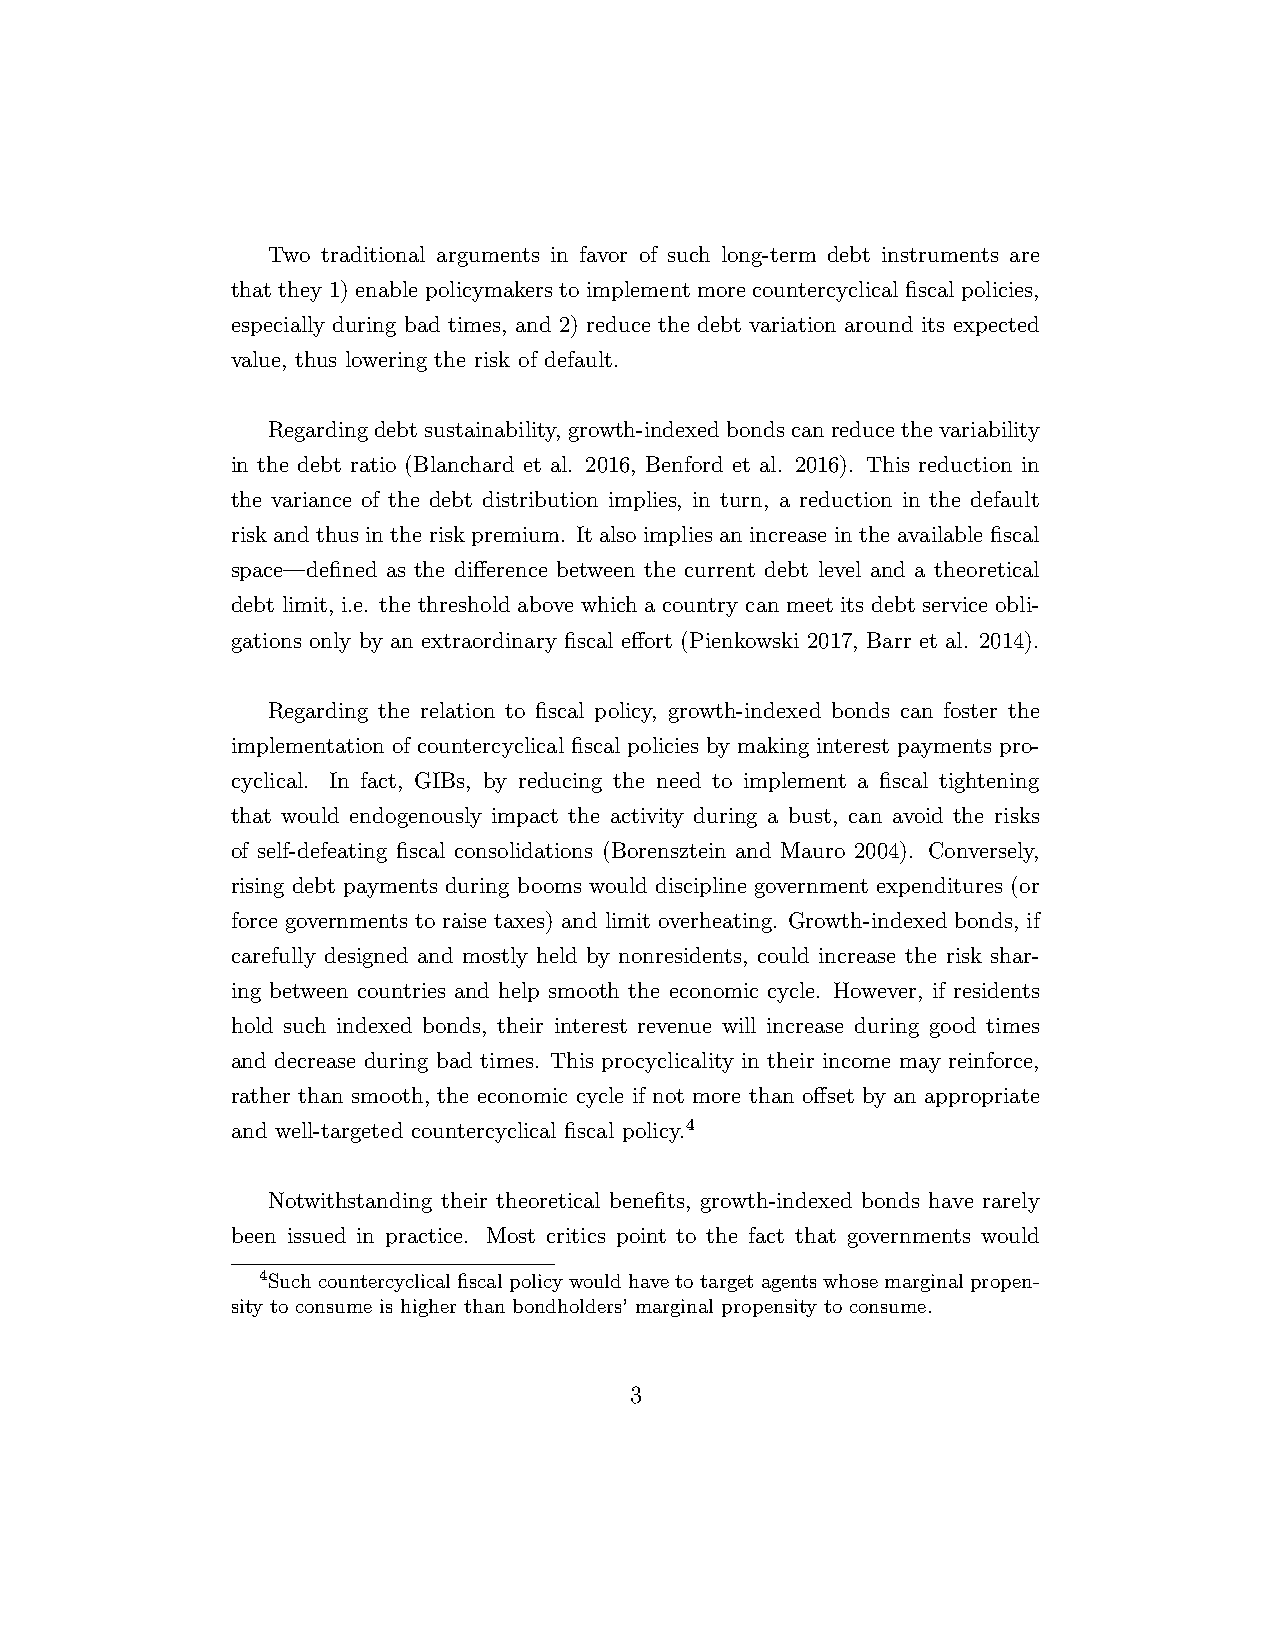
Two traditional arguments in favor of such long-term debt instruments are
 that they 1) enable policymakers to implement more countercyclical fiscal policies,
 especially during bad times, and 2) reduce the debt variation around its expected
 value, thus lowering the risk of default.
 Regardingdebtsustainability, growth-indexedbondscanreducethevariability
 in the debt ratio (Blanchard et al. 2016, Benford et al. 2016). This reduction in
 the variance of the debt distribution implies, in turn, a reduction in the default
 risk and thus in the risk premium. It also implies an increase in the available fiscal
 space—defined as the difference between the current debt level and a theoretical
 debt limit, i.e. the threshold above which a country can meet its debt service obli-
 gations only by an extraordinary fiscal effort (Pienkowski 2017, Barr et al. 2014).
 Regarding the relation to fiscal policy, growth-indexed bonds can foster the
 implementation of countercyclical fiscal policies by making interest payments pro-
 cyclical. In fact, GIBs, by reducing the need to implement a fiscal tightening
 that would endogenously impact the activity during a bust, can avoid the risks
 of self-defeating fiscal consolidations (Borensztein and Mauro 2004). Conversely,
 rising debt payments during booms would discipline government expenditures (or
 force governments to raise taxes) and limit overheating. Growth-indexed bonds, if
 carefully designed and mostly held by nonresidents, could increase the risk shar-
 ing between countries and help smooth the economic cycle. However, if residents
 hold such indexed bonds, their interest revenue will increase during good times
 and decrease during bad times. This procyclicality in their income may reinforce,
 rather than smooth, the economic cycle if not more than offset by an appropriate
 and well-targeted countercyclical fiscal policy.4
 Notwithstanding their theoretical benefits, growth-indexed bonds have rarely
 been issued in practice. Most critics point to the fact that governments would
 4Suchcountercyclicalfiscalpolicywouldhavetotargetagentswhosemarginalpropen-
 sity to consume is higher than bondholders’ marginal propensity to consume.
 3